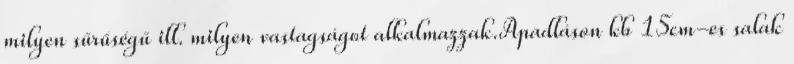
milyen sűrűségű ill. milyen vastagságot alkalmazzak.Apadláson kb 15cm-es salak